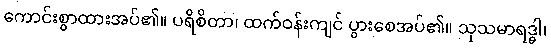
ကောင်းစွာထားအပ်၏။ ပရိစိတာ၊ ထက်ဝန်းကျင် ပွားစေအပ်၏။ သုသမာရဒ္ဓါ၊